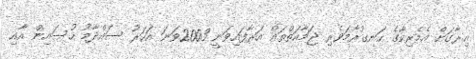
އިރާގަށް އެމެރިކާގެ ހަނގުރާމަވެރި ޖަމާއަތްތައް އަރާފައިވަނީ 2003ވަނަ އަހަރު ސައްދާމު ހުސައިން އާއި